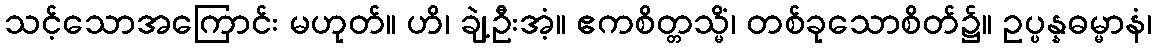
သင့်သောအကြောင်း မဟုတ်။ ဟိ၊ ချဲ့ဦးအံ့။ ဧကစိတ္တသ္မိံ၊ တစ်ခုသောစိတ်၌။ ဥပ္ပန္နဓမ္မာနံ၊